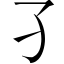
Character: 𡤼